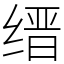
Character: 缙